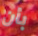
بأن